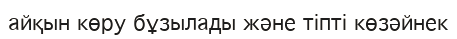
айқын көру бұзылады және тіпті көзәйнек